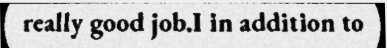
really good job.I in addition to